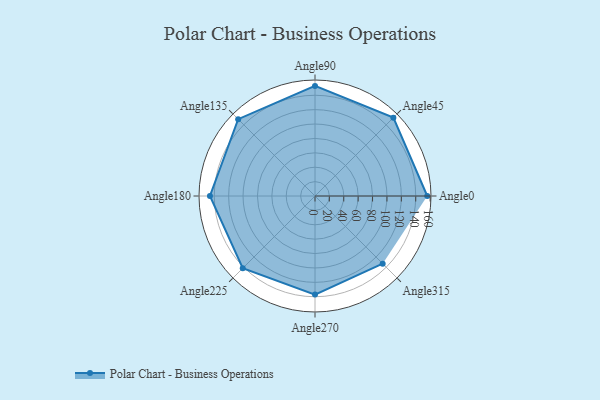
{"axis": {"x": "Angle", "y": "Radius"}, "legend": [""], "data": [{"x": "Angle0", "y": 156.0, "type": ""}, {"x": "Angle45", "y": 154.0, "type": ""}, {"x": "Angle90", "y": 153.0, "type": ""}, {"x": "Angle135", "y": 151.0, "type": ""}, {"x": "Angle180", "y": 146.0, "type": ""}, {"x": "Angle225", "y": 142.0, "type": ""}, {"x": "Angle270", "y": 137.0, "type": ""}, {"x": "Angle315", "y": 133.0, "type": ""}]}